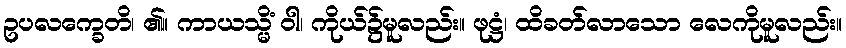
ဥပလက္ခေတိ၊ ၏။ ကာယသ္မိံ ဝါ၊ ကိုယ်၌မူလည်း။ ဖုဋ္ဌံ၊ ထိခတ်လာသော လေကိုမူလည်း။